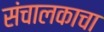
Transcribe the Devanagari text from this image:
संचालकाचा